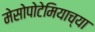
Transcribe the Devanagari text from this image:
मेसोपोटेमियाच्या